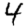
Digit: 4